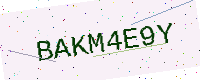
Text: BAKM4E9Y